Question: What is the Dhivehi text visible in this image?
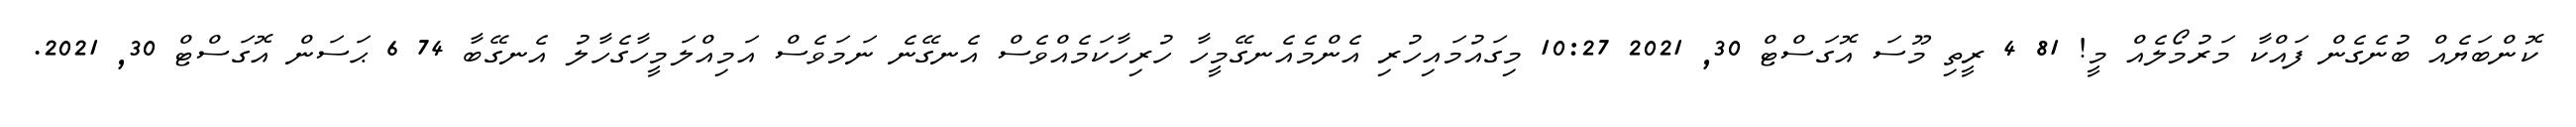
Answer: ކޮންބަޔެއް ބުނެގެން ފައްކާ މަރުމޯލެއް މީ! 81 4 ރީތި މޫސަ އޮގަސްޓް 30, 2021 10:27 މިގައުމައިހުރި އެންމެއެނގޭމީހާ ހުރިހާކަމެއްވެސް އެނގޭނެ ނަމަވެސް އަމިއްލަމީހާގެހާލު އެނގޭބާ 74 6 ޙަސަން އޮގަސްޓް 30, 2021.